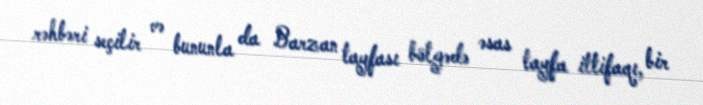
rəhbəri seçilir və bununla da Barzan tayfası bölgədə əsas tayfa ittifaqı, bir